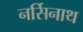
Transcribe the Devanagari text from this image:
नर्सिनाथ